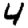
Digit: 4